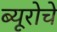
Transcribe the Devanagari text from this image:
ब्यूरोचे